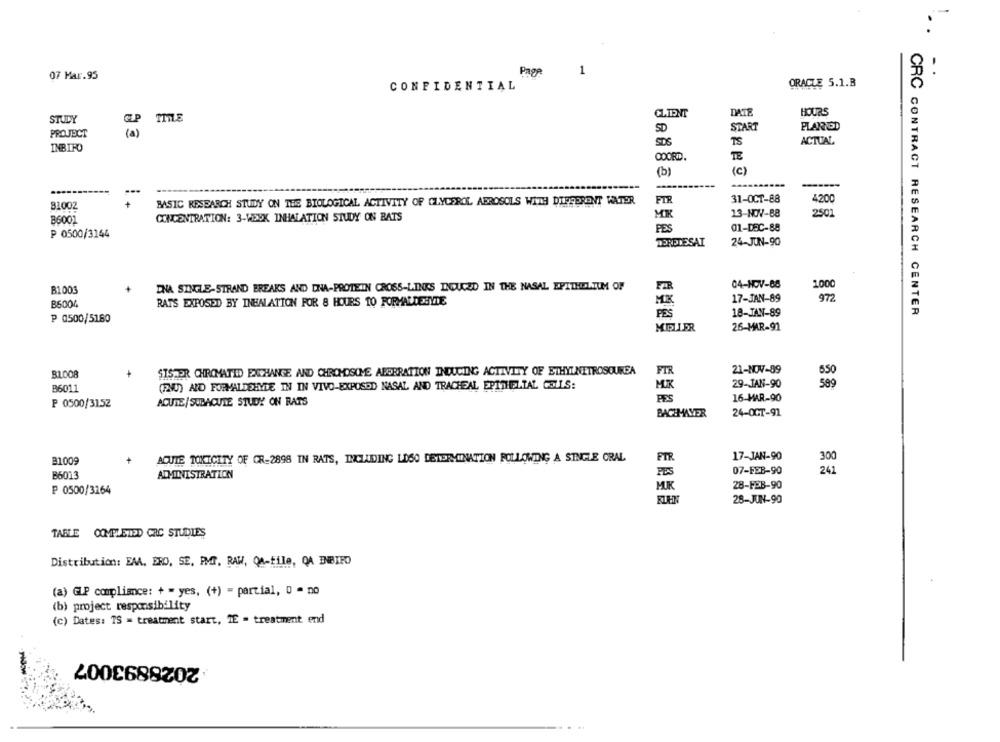
07 Mar.95
Page
1
CONFIDENTIAL
ORACLE 5.1.B
CLIENT
DATE
HOURS
STUDY
TITLE
START
PLARNSD
PROJECT
( a)
SD
SDS
TS
ACTUAL
INBIFO
COORD.
TE
(c)
------
...
FIR
31-OCT-88
4200
81002
BASIC RESEARCH STUDY ON THE BIOLOGICAL ACTIVITY OF GLYCEROL AEROSOLS WITH DIFFERENT WATER
MK
13-NOV-88
2502
B6001
CONCENTRATION: 3-WEEK INHALATION STUDY ON BATS
FES
01-DEC-88
P 0500/3144
TORETESAI
24-JUN-90
04-NOV-88
B1003
DNA SINGLE-STRAND BREAKS AND DNA-PROTEIN CROSS-LINKS DOUCED IN THE NASAL EPITHELIUM OF
FIR
1000
B6004
RATS EXPOSED BY INEALATION FOR 8 HOURS 10 FORMALDEBYTE
MK
17-JAN-89
972
18-JAN-89
CRC CONTRACT RESEARCH CENTER
P 0500/5180
PES
MILLER
26-MAR-91
SISTER CHROMATID EXCHANGE AND CHROMOSOME ABERRATION INDUCING ACTIVITY OF ETHYLNETROSOUREA
FIR
21-NOV-89
B1008
(FNU) AND FORMALDEHYDE IN IN VIVO-EXPOSED NASAL AND TRACHEAL EPITHELIAL CELLS:
29-JAN-90
B6011
PES
16-MAR-90
P 0500/3152
ACUTE/SUBACUTE STUDY ON BATS
BACHMAYER
24-OCT-91
B1009
ACUTE TOXICITY OF CR-2898 IN RATS, INCLUDING LOSO DETERMINATION FOLLOWING A SINGLE ORAL
ETR
17-JAN-90
300
B6013
ADMINISTRATION
PES
07-FEB-90
241
MUK
28-FEB-90
P 0500/3264
28-JUN-90
TABLE COMPLETED CRC STUDIES
Distribution: EMA, BRO, SE. PMT, RAW, QA-file, QA INBIFO
(a) GLP compliance: + = yes, (+) = partial, 0 = no
(b) project responsibility
(c) Dates: TS = treatment start, TE - treatment end
2028893007